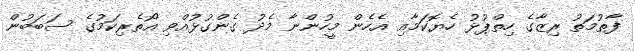
ފާތުމަތު ރިޒާގެ ހިތްޕުޅު ހެޔޮކަމާއި އެހެން މީހުންނާ މެދު ގެންގުޅުއްވި އޯތެރިކަމުގެ ސަބަބުން